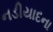
નડીયાદના